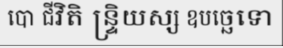
បោ ជីវិតិ ន្ទ្រិយស្ស ឧបច្ឆេទោ